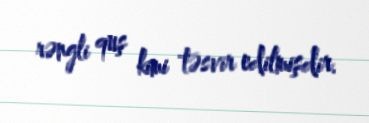
rəngli quş kimi təsvir edilmişdir.